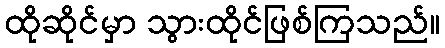
ထိုဆိုင်မှာ သွားထိုင်ဖြစ်ကြသည်။